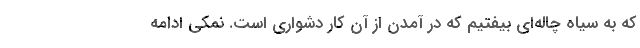
که به سیاه چاله‌ای بیفتیم که در آمدن از آن کار دشواری است. نمکی ادامه